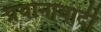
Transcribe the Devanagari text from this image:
प्रयोनावादी